Assam Mental Hospital (Tezpur, India) - 1933-1948
Year: 1933
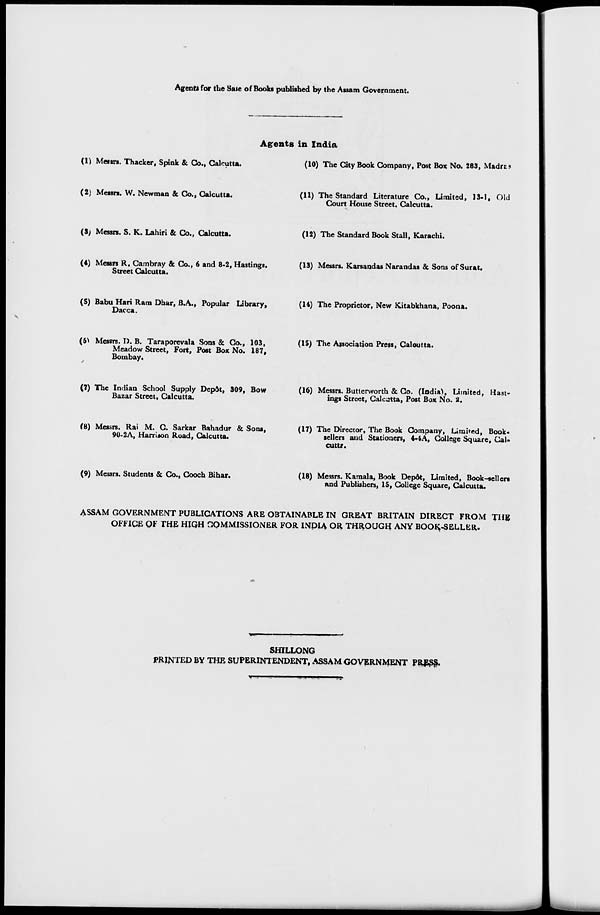
Agents for the Sale of Books published by the Assam Government.
Agents in India
(1) Messrs. Thacker, Spink & Co., Calcutta.
(2) Messrs. W. Newman & Co., Calcutta.
(3) Messrs. S. K. Lahiri & Co., Calcutta.
(4) Messrs R. Cambray & Co., 6 and 8-2, Hastings.
Street Calcutta.
(5) Babu Hari Ram Dhar, B.A., Popular Library,
Dacca.
(6) Messrs. D. B. Taraporevala Sons & Co., 103,
Meadow Street, Fort, Post Box No. 187,
Bombay.
(7) The Indian School Supply Depôt, 309, Bow
Bazar Street, Calcutta.
(8) Messrs. Rai M. C. Sarkar Bahadur & Sons,
90-2A, Harrison Road, Calcutta.
(9) Messrs. Students & Co., Cooch Bihar.
(10) The City Book Company, Post Box No. 283, Madras
(11) The Standard Literature Co., Limited, 13-1, Old
Court House Street, Calcutta.
(12) The Standard Book Stall, Karachi.
(13) Messrs. Karsandas Narandas & Sons of Surat.
(14) The Proprietor, New Kitabkhana, Poona.
(15) The Association Press, Calcutta.
(16) Messrs. Butterworth & Co. (India), Limited, Hast-
ings Street, Calcutta, Post Box No. 2.
(17) The Director, The Book Company, Limited, Book-
sellers and Stationers, 4-4A, College Square, Cal-
cutta.
(18) Messrs. Kamala, Book Depôt, Limited, Book-sellers
and Publishers, 15, College Square, Calcutta.
ASSAM GOVERNMENT PUBLICATIONS ARE OBTAINABLE IN GREAT BRITAIN DIRECT FROM THE
OFFICE OF THE HIGH COMMISSIONER FOR INDIA OR THROUGH ANY BOOK-SELLER.
SHILLONG
PRINTED BY THE SUPERINTENDENT, ASSAM GOVERNMENT PRESS.